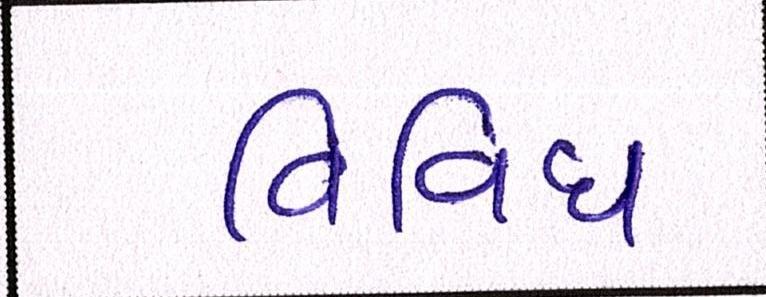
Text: વિવિધ